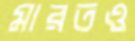
মারতও